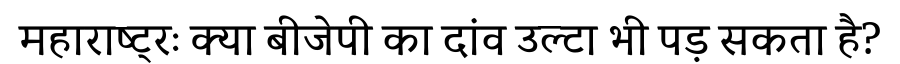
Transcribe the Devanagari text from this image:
महाराष्ट्रः क्या बीजेपी का दांव उल्टा भी पड़ सकता है?